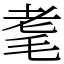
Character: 耄